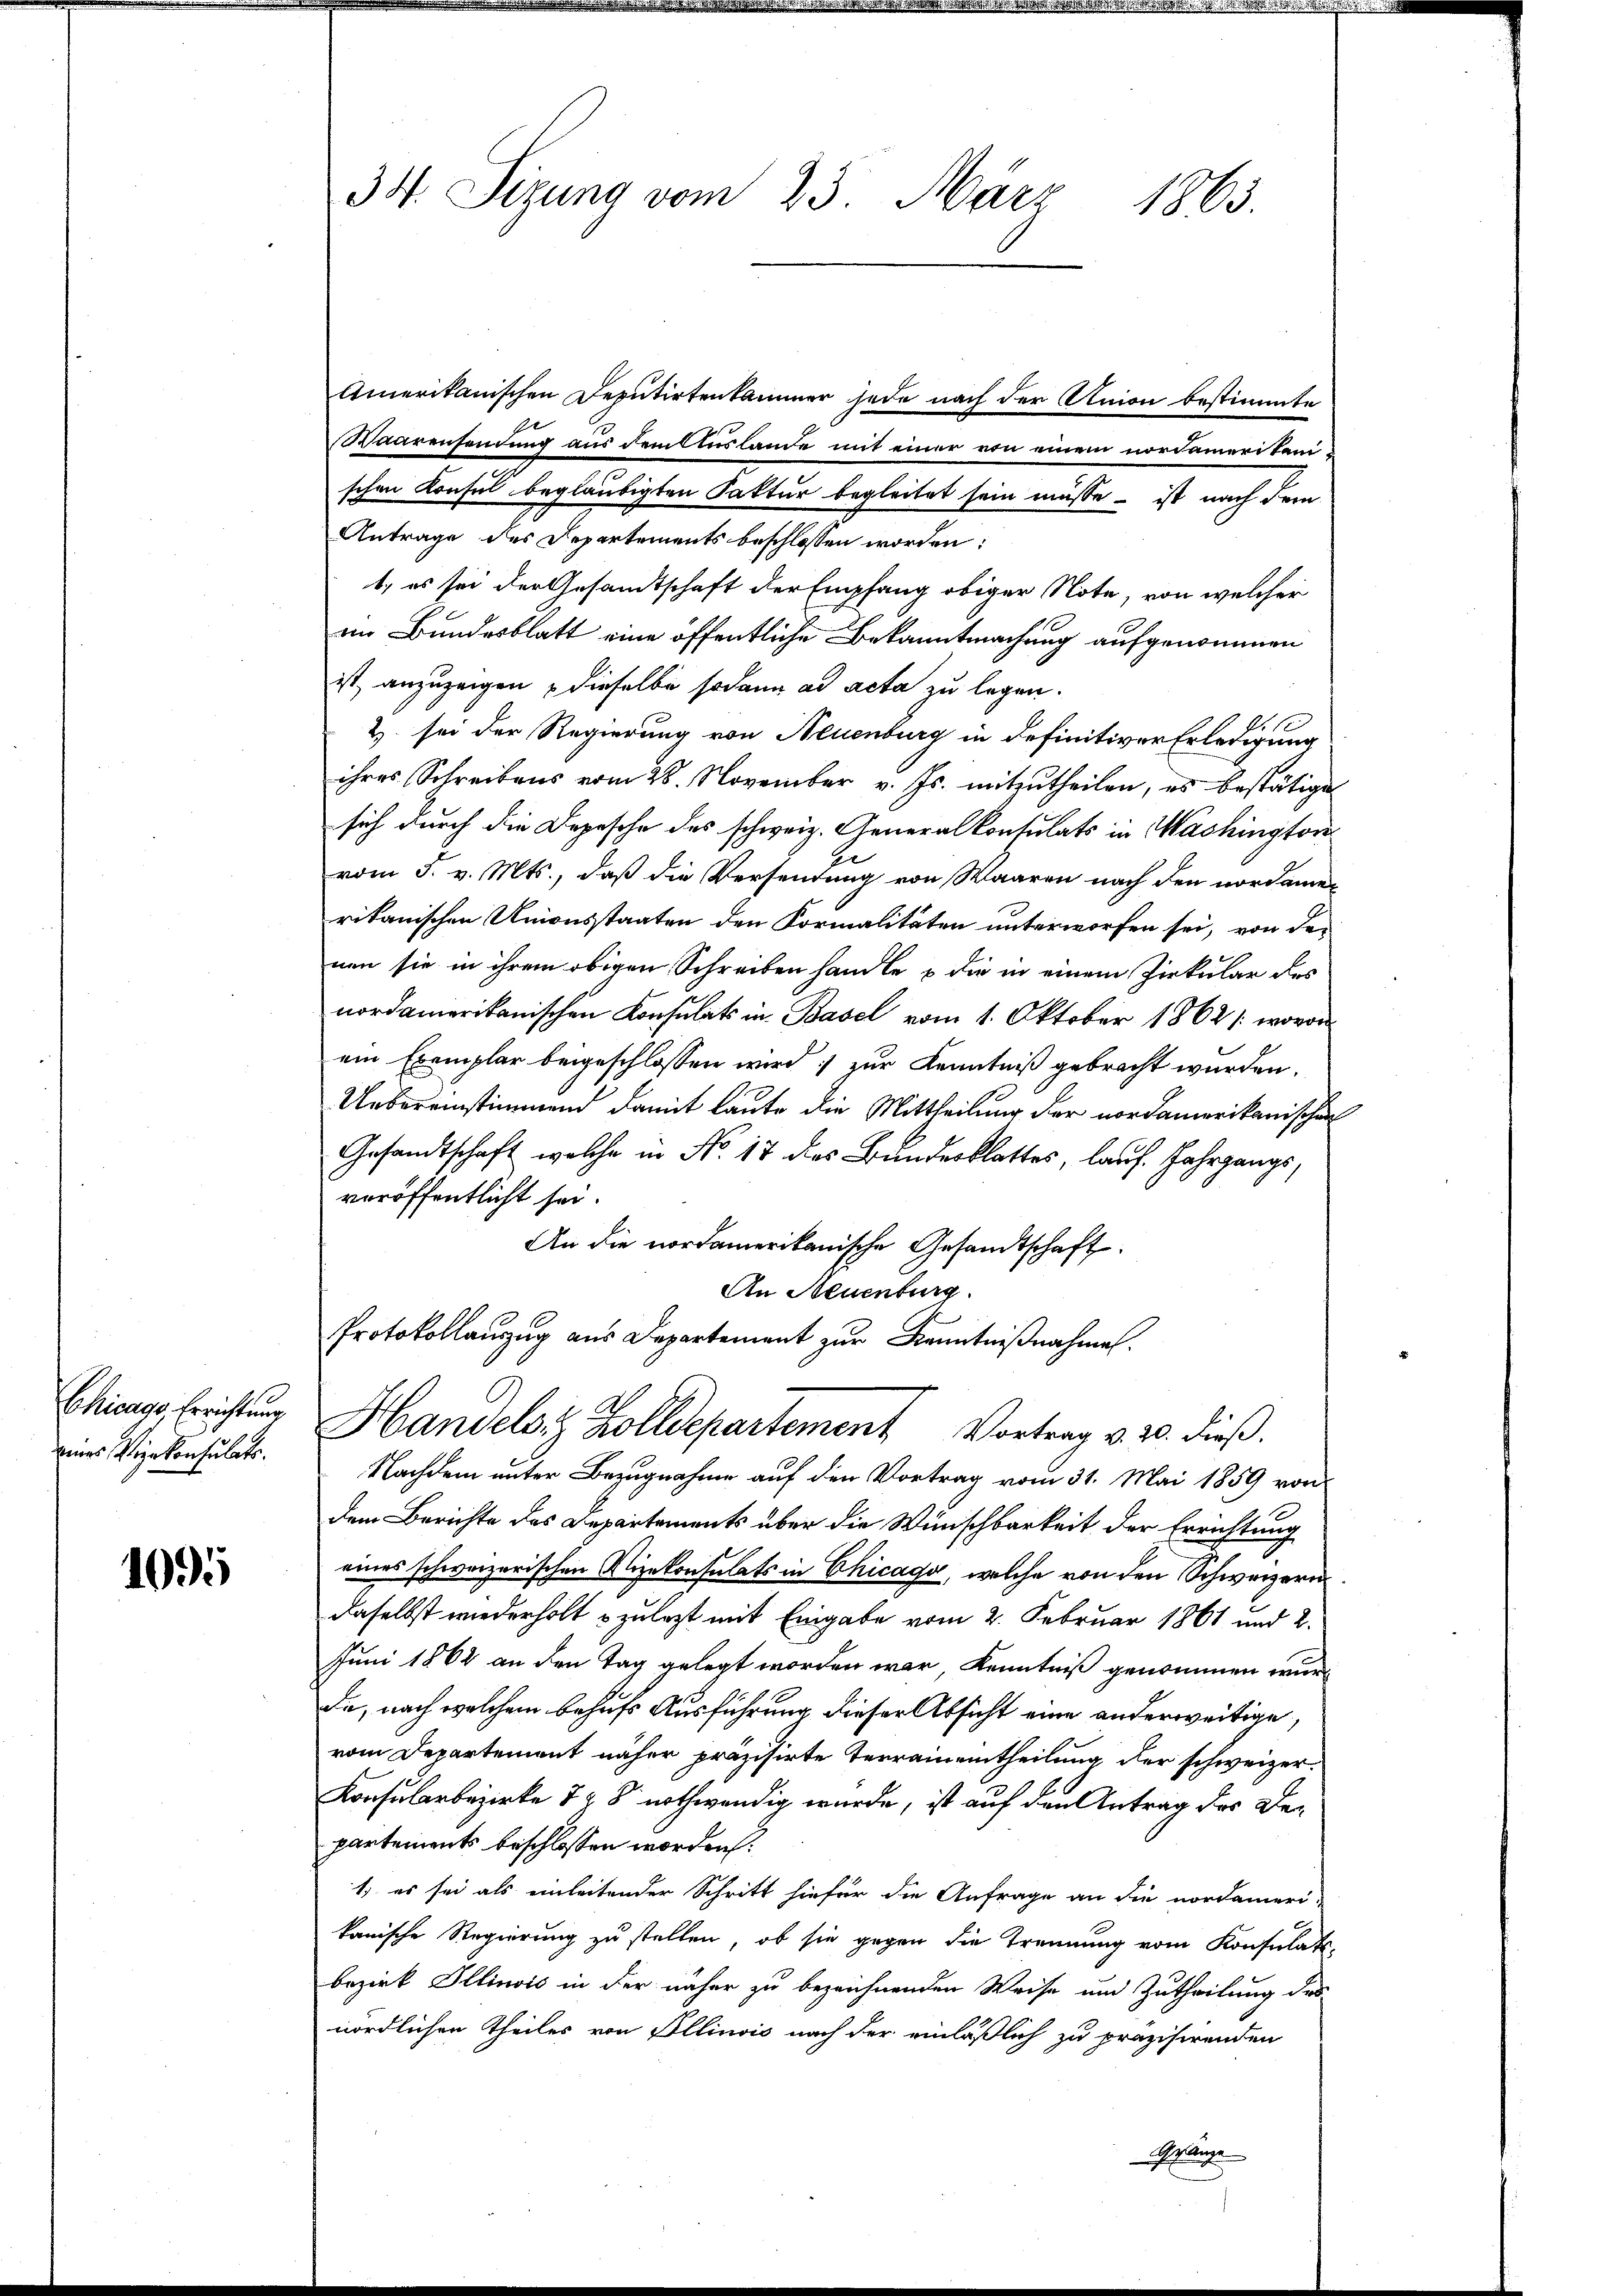
Chicage, Errichtung
eines Vizekonsulats.

1095

34. Sizung vom 23. März 1863.

Amerikanischen Deputirtenkammer jede nach der Union bestimmte
g
Waarensendung aus dem Auslande mit einer von einem nordamerikenschen Konsul beglaubigten Faktur begleitet sein müsse - ist nach dem
Antrage des Departements beschlossen worden:
1., es sei der Gesamtschaft der Empfang obiger Note, von welcher
im Bundesblatt eine öffentliche Bekanntmachung aufgenommen
ist, anzuzeigen, dieselbe sodann ad acta zu legen.
2) sei der Regierung von Neuenburg in definitiver Erledigung
ihres Schreibens vom 28. November v. Js. mitzutheilen, es bestätige
sich durch die Depesche des schweiz. Generalkonsulats in Washingtore
.
vom 3. v. Mts., daß die Versendung von Waaren nach den nordame
rikanischen Unionsstaaten den Formalitäten unterworfen sei, von der
nen sie in ihrem obigen Schreiben handle & die in einem Zirkular des
nordamerikanischen Konsulats in Basel vom 1. Oktober 1862 / wovon
ein Exemplar beigeschlossen wird; zur Kenntniß gebracht wurden.
Uebereinstimmend damit laute die Mittheilung der nordamerikanischen
Gesandtschaft, welche in No. 17 das Bundesblattes, lauf. Jahrgangs,
veröffentlicht sei.
An die nordamerikanische Gesandtschaft
An Neuenburg.
Protokollauszug aus Departement zur Kenntnißnahme.
Handelst Zolldepartement Vortrag v. 20. dieß.
Nachdem unter Bezugnahme auf den Vortrag vom 31. Mai 1859 von
dem Berichte des Departements über die Wünschbarkeit der Errichtung
eines schweizerischen Vizekonsulats in Chicago, welche von den Schweizeri
daselbst wiederholt zulezt mit Eingabe vom 2. Februar 1861 und 2.
Juni 1862 an den Tag gelegt worden war, Kenntniß genommen wurd
Da, nach welchem behufs Ausführung dieser Absicht eine anderweitige,
vom Departement näher präzisirte Terrainentheilung der schweizer¬
Konsularbezirke 72 8 nothwendig wurde, ist auf den Antrag des Departements beschlossen worden.
1. es sei als einleitender Schritt hiefür die Anfrage an die nordameri-
kanische Regierung zu stellen, ob sie gegen die Trennung vom Konsulats-
bezirk Illinois in der näher zu bezeichnenden Weise um Zutheilung des
nördlichen Theiles von Illinois nach der einläßlich zu präzisirenden
Gelänge